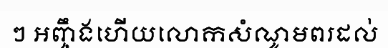
ៗ អញ្ចឹងហើយលោកសំណូមពរដល់